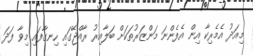
މިއަދު އެމެރިކާ އިން އެފެންނަ މަންޒަރުތަކަށް ބަލާއިރު ރާއްޖޭގައި ހިނގާފައި މިވާ ފަދަ